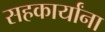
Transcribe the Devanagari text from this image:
सहकार्यांना